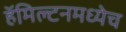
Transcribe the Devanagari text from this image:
हॅमिल्टनमध्येच